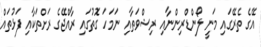
އޭގެ ތެރޭގައި މަނީ ލޯންޑްރިންނާއި ރިޝްވަތާއި ނަމަހަ ގޮތުގައި ރާއްޖޭގެ ރަށްތަކާއި ފަޅުތައް